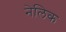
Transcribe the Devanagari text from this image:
नेलिक